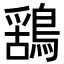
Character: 𮭆